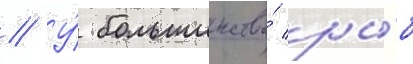
// У́ большинства́ ры́б